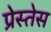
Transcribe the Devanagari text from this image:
प्रेस्तेस